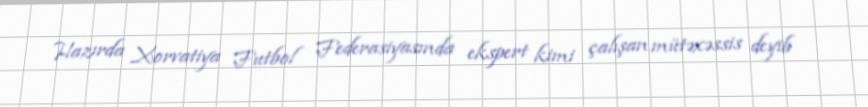
Hazırda Xorvatiya Futbol Federasiyasında ekspert kimi çalışan mütəxəssis deyib